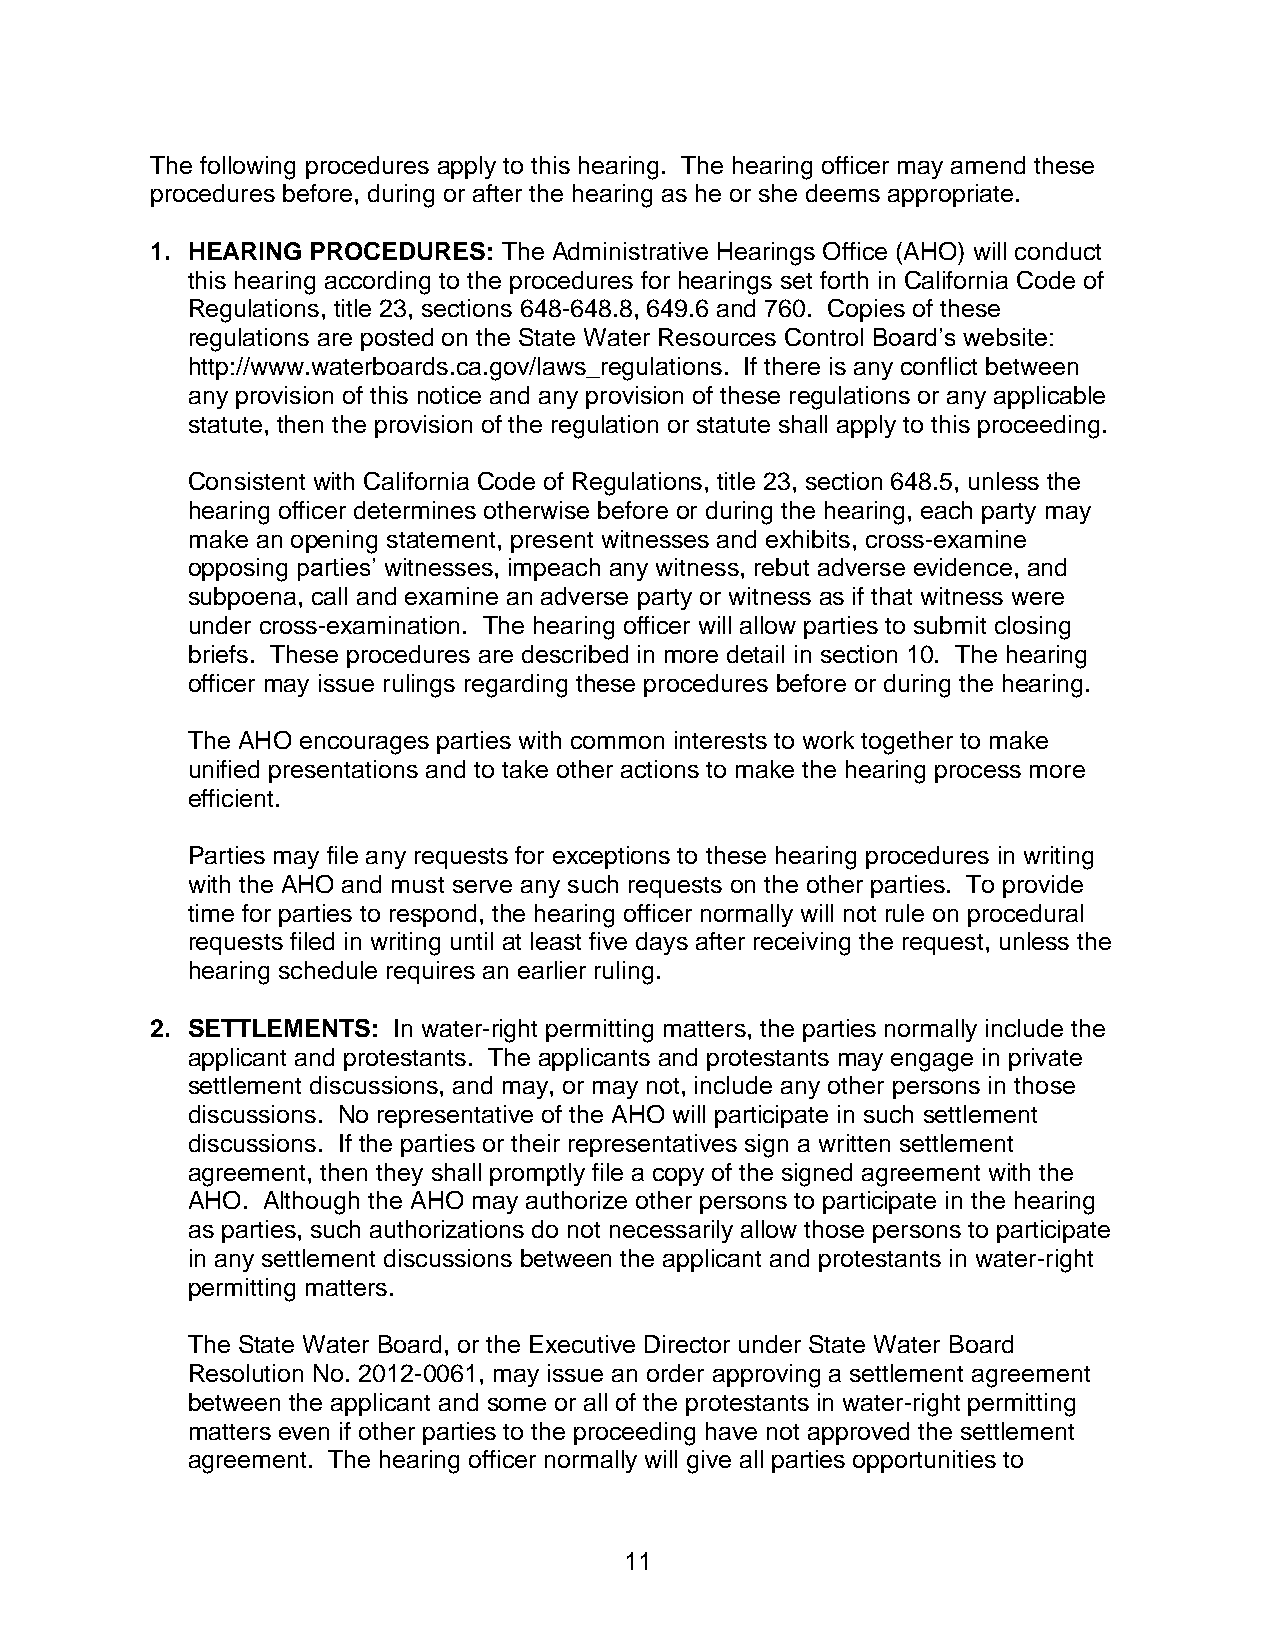
The following procedures apply to this hearing. The hearing officer may amend these
 procedures before, during or after the hearing as he or she deems appropriate.
 1. HEARING PROCEDURES: The Administrative Hearings Office (AHO) will conduct
 this hearing according to the procedures for hearings set forth in California Code of
 Regulations, title 23, sections 648-648.8, 649.6 and 760. Copies of these
 regulations are posted on the State Water Resources Control Board’s website:
 http://www.waterboards.ca.gov/laws_regulations. If there is any conflict between
 any provision of this notice and any provision of these regulations or any applicable
 statute, then the provision of the regulation or statute shall apply to this proceeding.
 Consistent with California Code of Regulations, title 23, section 648.5, unless the
 hearing officer determines otherwise before or during the hearing, each party may
 make an opening statement, present witnesses and exhibits, cross-examine
 opposing parties’ witnesses, impeach any witness, rebut adverse evidence, and
 subpoena, call and examine an adverse party or witness as if that witness were
 under cross-examination. The hearing officer will allow parties to submit closing
 briefs. These procedures are described in more detail in section 10. The hearing
 officer may issue rulings regarding these procedures before or during the hearing.
 The AHO encourages parties with common interests to work together to make
 unified presentations and to take other actions to make the hearing process more
 efficient.
 Parties may file any requests for exceptions to these hearing procedures in writing
 with the AHO and must serve any such requests on the other parties. To provide
 time for parties to respond, the hearing officer normally will not rule on procedural
 requests filed in writing until at least five days after receiving the request, unless the
 hearing schedule requires an earlier ruling.
 2. SETTLEMENTS: In water-right permitting matters, the parties normally include the
 applicant and protestants. The applicants and protestants may engage in private
 settlement discussions, and may, or may not, include any other persons in those
 discussions. No representative of the AHO will participate in such settlement
 discussions. If the parties or their representatives sign a written settlement
 agreement, then they shall promptly file a copy of the signed agreement with the
 AHO. Although the AHO may authorize other persons to participate in the hearing
 as parties, such authorizations do not necessarily allow those persons to participate
 in any settlement discussions between the applicant and protestants in water-right
 permitting matters.
 The State Water Board, or the Executive Director under State Water Board
 Resolution No. 2012-0061, may issue an order approving a settlement agreement
 between the applicant and some or all of the protestants in water-right permitting
 matters even if other parties to the proceeding have not approved the settlement
 agreement. The hearing officer normally will give all parties opportunities to
 11